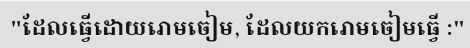
"ដែលធ្វើដោយរោមចៀម, ដែលយករោមចៀមធ្វើ :"